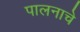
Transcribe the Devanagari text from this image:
पालनाचे